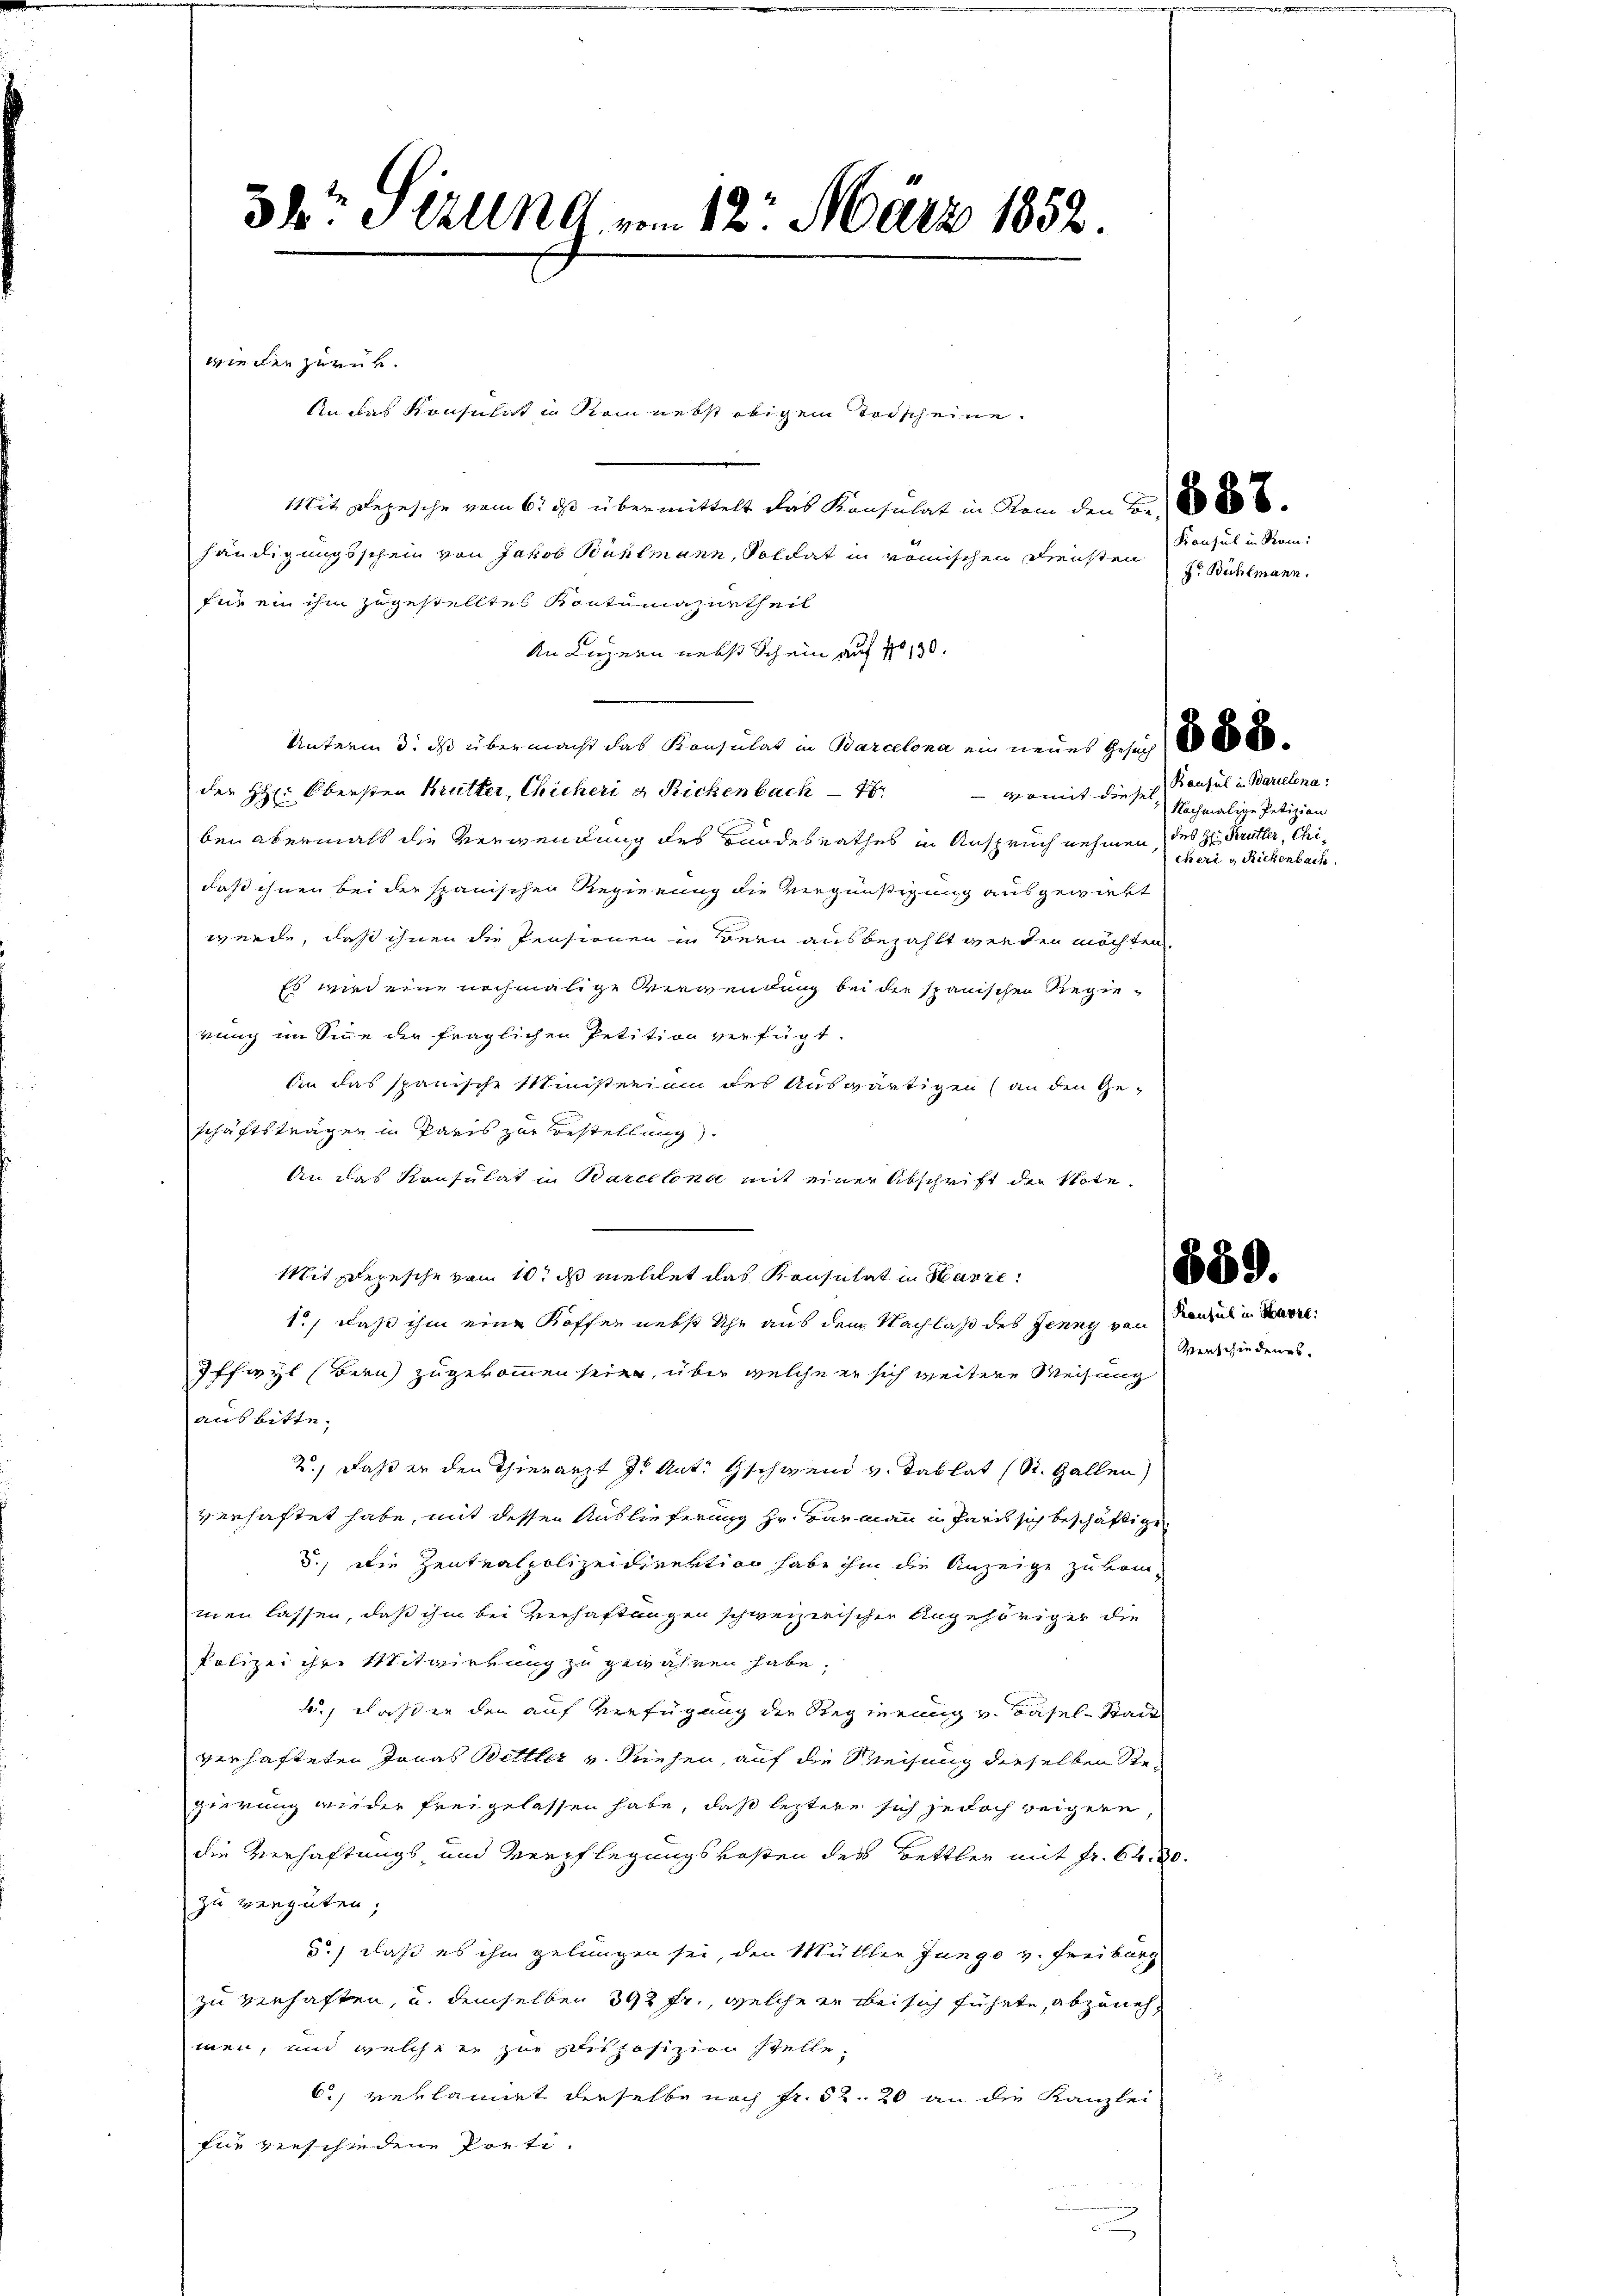
db. Itzung vom 12. März 1852.

Mit Rezesche vom 6. ds übermittelt das Konsulat in Rom den Br. 8800
händigungsschein von Jakob Bühlmann, Soldat in römischen Diensten
für ein ihm zugestellte Kontumazurtheil
An Luzern nebst Schein auf No 130.
Unterm 3. ds übermacht das Konsulat in Barcelona ein neues Gesuch
der H: Obersten Brütter, Chicheri u. Rickenbach
 Womit diesel
ben abermals die Verwendung des Bundesrathes in Anspruch nehmen,
daß ihnen bei der spanischen Regierung die Vergünstigung ausgewirkt
werde, daß ihnen die Pensionen in Bern ausbezahlt werden möchten.
Es wird eine nochmalige Verwendung bei der spanischen Regierung im Sinne der fraglichen Petition verfügt.
An das spanische Ministerium des Auswärtigen (an den Ge-
schäftsträgen in Paris zur Bestellung).
An das Konsulat in Barcelona mit einer Abschrift der Note,
Mit Depesche vom 10. ds mellet das Konsulat in Havre
1., daß ihm eine Koffen nebst Uhr aus dem Nachlaß des Jenny von
Iffwyl (Bern zugekommen seien, über welche er sich weitere Weisung
aus bitte.
2.) Daß er den Thierarzt J. Ant. Gschwend v. Tablat (St. Gallen)
verhaftet habe, mit dessen Auslieferung Hr. Barmann in Paris sich beschäftige.
5.) Die Zentnalpolizeidirektion habe ihm die Anzeige zukommen lassen, daß ihm bei Verhaftungen schweizerischen Angehöriger die
Polizei ihre Mitwirkung zu gewähren habe,
4., daß in den auf Verfügung der Regierung v. Basel-Stadt
verhafteten Jonas Bettler v. Siehen, auf die Weisung derselben Stegierung wieder freigelassen habe, daß leztere sich jedoch weigere
die Verhaftungs- und Verpflegungskosten des Bettler mit Fr. 64. 30.
zu vergüten;
5.) daß es ihm gelungen sei, den Müller Jungo v. Freiburg
zu verhaften, u. demselben 392 fr., welche er bei sich führte, abzunehmen, und welches zur Schisposizion stelle.
6.) verlannet dieselbe noch Fr. 52. 20 an die Kanzlei
fin verschiedene Porti¬

wieden zurück.

Rnias Konsulist in kam nebst obigem Todscheine

Konsul in Rom.
Jr. Bühlmann.

Bausul in Barielina:
Nochmalige Petizion
des H: Krütter, Chicheri u Rickenbach.

589.
Konsul in Havre:

Verschiedenes.

.